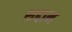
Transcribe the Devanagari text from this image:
शद्दाम